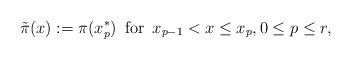
LaTeX: \begin{align*}\tilde{\pi}(x) := \pi(x_p^*) \,\mbox{ for }\, x_{p-1}< x\leq x_p, 0\leq p\leq r,\end{align*}